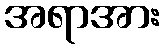
အရာအား